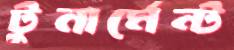
টুনার্মেন্ট